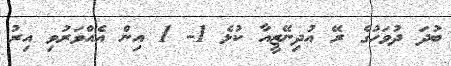
ބުދަ ދުވަހުގެ ރޭ އުދިނޭޒީއާ ކުޅެ 1- 1 އިން އެއްވަރުވި އިރު